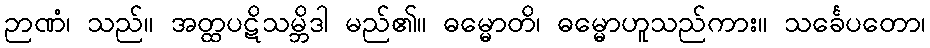
ဉာဏံ၊ သည်။ အတ္ထပဋိသမ္ဘိဒါ မည်၏။ ဓမ္မောတိ၊ ဓမ္မောဟူသည်ကား။ သင်္ခေပတော၊